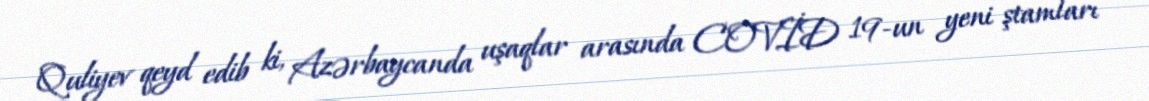
Quliyev qeyd edib ki, Azərbaycanda uşaqlar arasında COVİD 19-un yeni ştamları